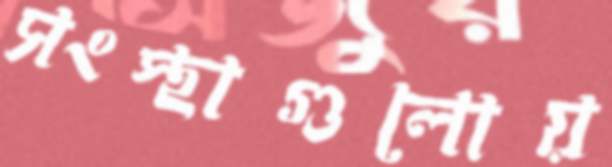
সংস্থাগুলোয়